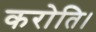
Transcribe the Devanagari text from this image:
करोति।